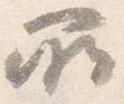
所